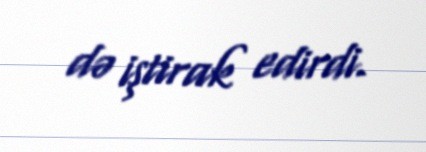
də iştirak edirdi.